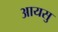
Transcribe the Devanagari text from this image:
आयसु